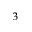
^ 3